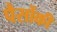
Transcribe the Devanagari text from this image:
पैसोंकी